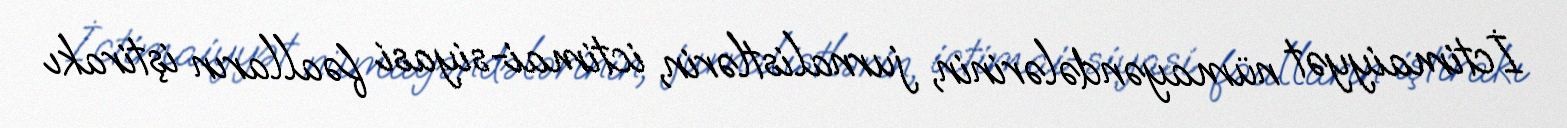
İctimaiyyət nümayəndələrinin, jurnalistlərin, ictimai-siyasi fəalların iştirakı